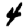
Digit: 4